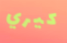
كيري